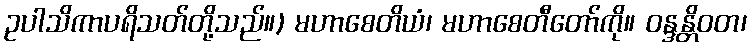
ဥပါသိကာပရိသတ်တို့သည်။) မဟာစေတိယံ၊ မဟာစေတီတော်ကို။ ဝန္ဒန္တိဝတ၊